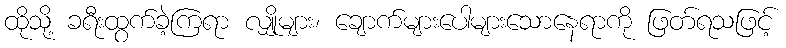
ထိုသို့ ခရီးထွက်ခဲ့ကြရာ လျှိုများ၊ ချောက်များပေါများသောနေရာကို ဖြတ်ရသဖြင့်